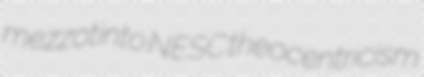
mezzotinto NESC theocentricism